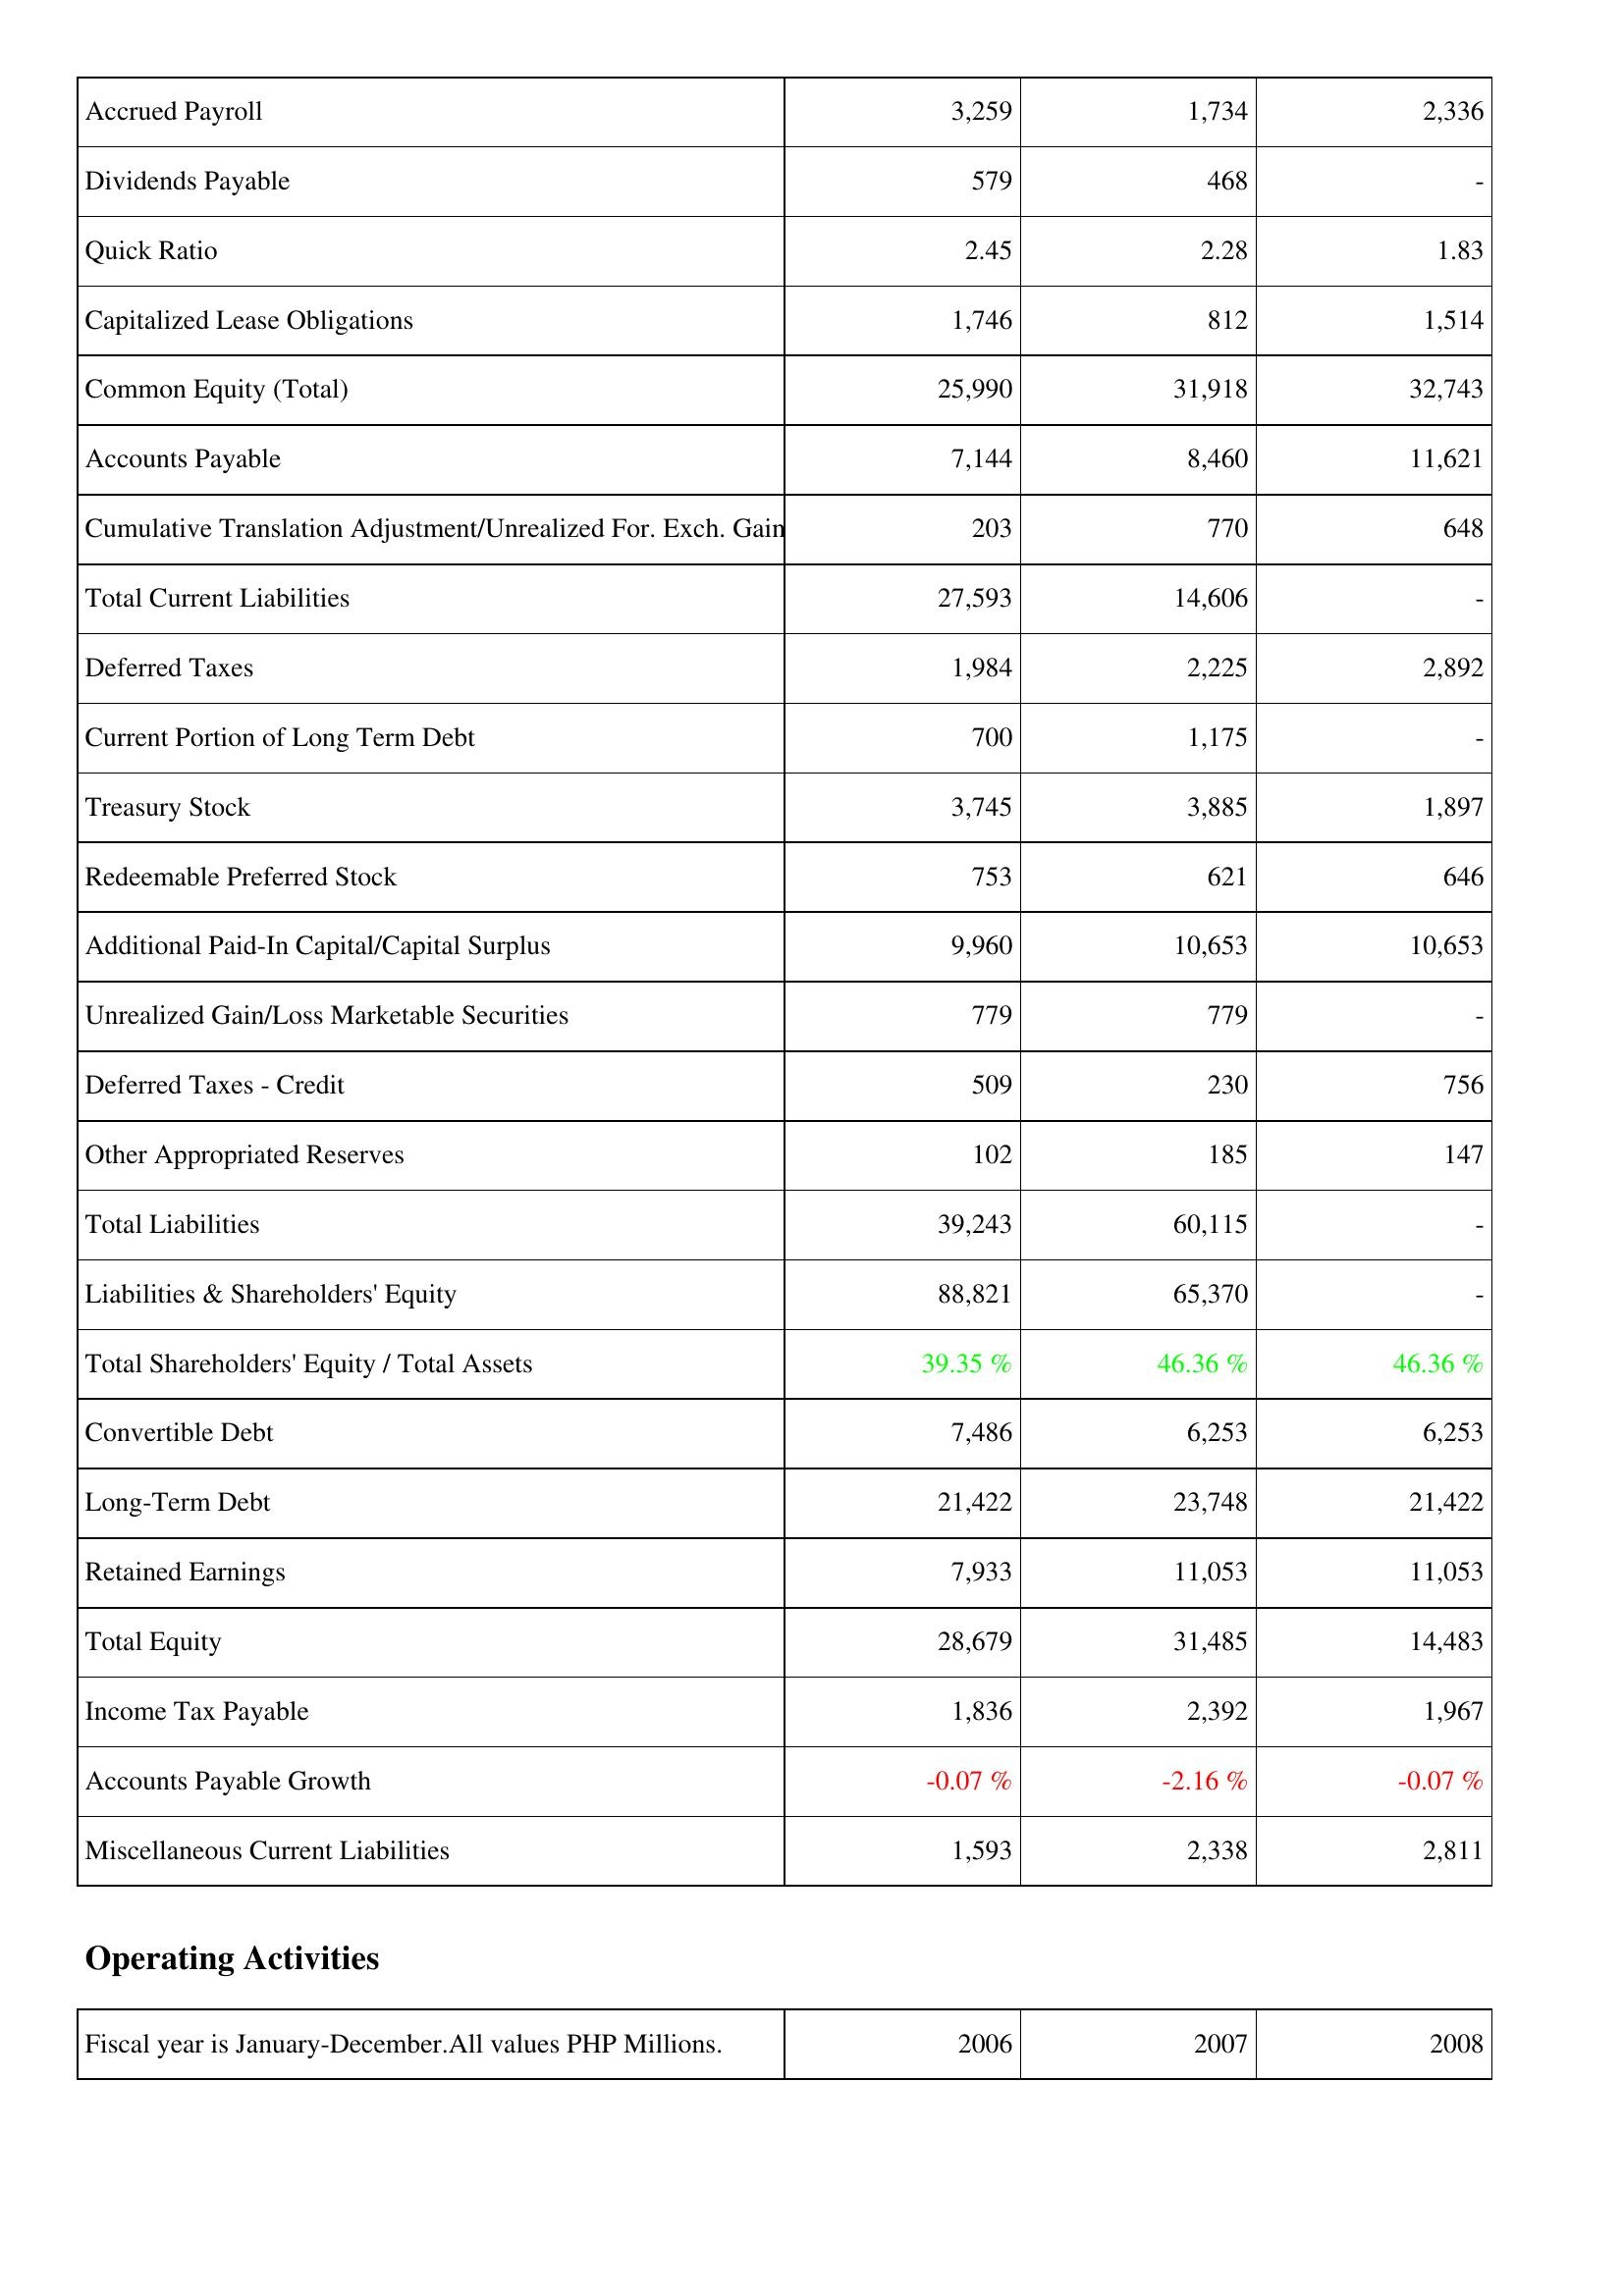
2006: Liabilities & Shareholders' Equity: Accrued Payroll: 3,259
Dividends Payable: 579
Quick Ratio: 2.45
Capitalized Lease Obligations: 1,746
Common Equity (Total): 25,990
Accounts Payable: 7,144
Cumulative Translation Adjustment/Unrealized For. Exch. Gain: 203
Total Current Liabilities: 27,593
Deferred Taxes: 1,984
Current Portion of Long Term Debt: 700
Treasury Stock: 3,745
Redeemable Preferred Stock: 753
Additional Paid-In Capital/Capital Surplus: 9,960
Unrealized Gain/Loss Marketable Securities: 779
Deferred Taxes - Credit: 509
Other Appropriated Reserves: 102
Total Liabilities: 39,243
Liabilities & Shareholders' Equity: 88,821
Total Shareholders' Equity / Total Assets: 39.35 %
Convertible Debt: 7,486
Long-Term Debt: 21,422
Retained Earnings: 7,933
Total Equity: 28,679
Income Tax Payable: 1,836
Accounts Payable Growth: -0.07 %
Miscellaneous Current Liabilities: 1,593
2007: Liabilities & Shareholders' Equity: Accrued Payroll: 1,734
Dividends Payable: 468
Quick Ratio: 2.28
Capitalized Lease Obligations: 812
Common Equity (Total): 31,918
Accounts Payable: 8,460
Cumulative Translation Adjustment/Unrealized For. Exch. Gain: 770
Total Current Liabilities: 14,606
Deferred Taxes: 2,225
Current Portion of Long Term Debt: 1,175
Treasury Stock: 3,885
Redeemable Preferred Stock: 621
Additional Paid-In Capital/Capital Surplus: 10,653
Unrealized Gain/Loss Marketable Securities: 779
Deferred Taxes - Credit: 230
Other Appropriated Reserves: 185
Total Liabilities: 60,115
Liabilities & Shareholders' Equity: 65,370
Total Shareholders' Equity / Total Assets: 46.36 %
Convertible Debt: 6,253
Long-Term Debt: 23,748
Retained Earnings: 11,053
Total Equity: 31,485
Income Tax Payable: 2,392
Accounts Payable Growth: -2.16 %
Miscellaneous Current Liabilities: 2,338
2008: Liabilities & Shareholders' Equity: Accrued Payroll: 2,336
Dividends Payable: -
Quick Ratio: 1.83
Capitalized Lease Obligations: 1,514
Common Equity (Total): 32,743
Accounts Payable: 11,621
Cumulative Translation Adjustment/Unrealized For. Exch. Gain: 648
Total Current Liabilities: -
Deferred Taxes: 2,892
Current Portion of Long Term Debt: -
Treasury Stock: 1,897
Redeemable Preferred Stock: 646
Additional Paid-In Capital/Capital Surplus: 10,653
Unrealized Gain/Loss Marketable Securities: -
Deferred Taxes - Credit: 756
Other Appropriated Reserves: 147
Total Liabilities: -
Liabilities & Shareholders' Equity: -
Total Shareholders' Equity / Total Assets: 46.36 %
Convertible Debt: 6,253
Long-Term Debt: 21,422
Retained Earnings: 11,053
Total Equity: 14,483
Income Tax Payable: 1,967
Accounts Payable Growth: -0.07 %
Miscellaneous Current Liabilities: 2,811